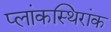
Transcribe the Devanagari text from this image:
प्लांकस्थिरांक